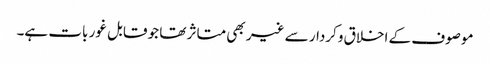
موصوف کے اخلاق وکردار سے غیر بھی متاثر تھا جو قابل غور بات ہے۔